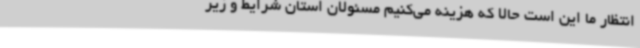
انتظار ما این است حالا که هزینه می‌کنیم مسئولان استان شرایط و زیر